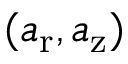
( a _ { \mathrm { r } } , a _ { \mathrm { z } } )